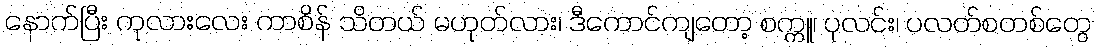
နောက်ပြီး ကုလားလေး ကာစိန် သိတယ် မဟုတ်လား၊ ဒီကောင်ကျတော့ စက္ကူ၊ ပုလင်း၊ ပလတ်စတစ်တွေ